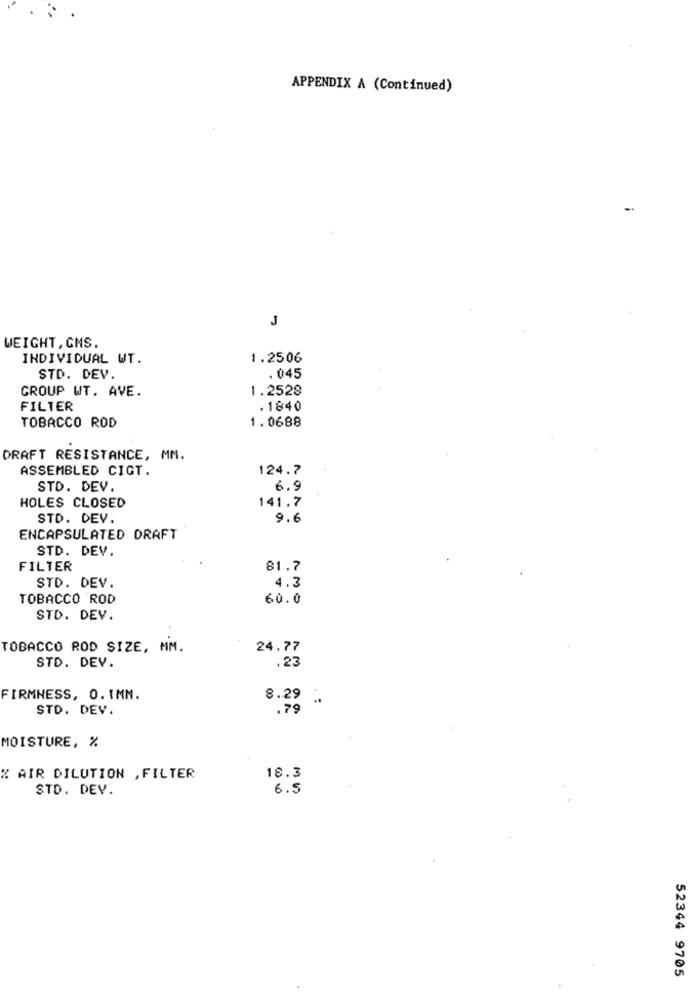
APPENDIX A (Continued)
J
WEIGHT,CMS.
INDIVIDUAL WT.
1.2506
STD. DEV.
. 045
GROUP WT. AVE.
1.2528
FILTER
.1840
TOBACCO ROD
1.0688
DRAFT RESISTANCE, MM.
ASSEMBLED CIGT.
124.7
STD. DEV.
6.9
141.7
HOLES CLOSED
STD. DEV.
9.6
ENCAPSULATED DRAFT
STD. DEV.
FILTER
81.7
STD. DEV.
4.3
TOBACCO ROD
60.0
STD. DEV.
TOBACCO ROD SIZE, MM.
24.77
.23
STD. DEV.
FIRMNESS, O. IMM.
8.29
STD. DEV.
.79
MOISTURE, %
18.3
% AIR DILUTION , FILTER
STD. DEV.
6.5
52344 9705